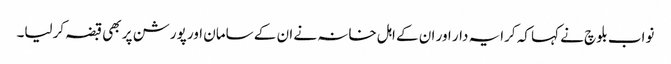
نواب بلوچ نے کہا کہ کرایہ دار اور ان کے اہل خانہ نے ان کے سامان اور پورشن پر بھی قبضہ کرلیا۔